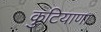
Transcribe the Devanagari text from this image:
कुटियाणा